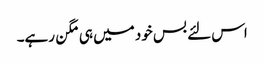
اس لئے بس خود میں ہی مگن رہے۔